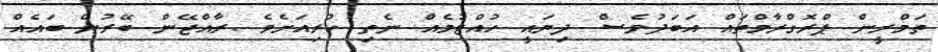
ތަމްރީން ޕްރޮގްރާމްތައް އަބަދުވެސް ދިޔައީ ހުއްޓުމެއް ނެތި ކުރިއަށެވެ .ރާއްޖޭން ބޭރުން ބައެއް